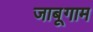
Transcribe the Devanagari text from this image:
जाबूगाम